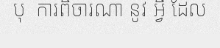
បុ  ការពិចារណា នូវ អ្វី ដែល